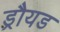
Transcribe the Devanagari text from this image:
ड्रौयड